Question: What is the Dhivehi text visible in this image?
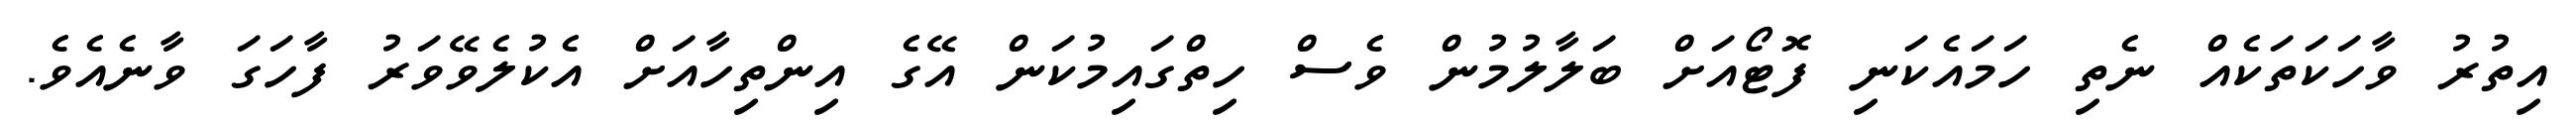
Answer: އިތުރު ވާހަކަތަކެއް ނެތި ހަމައެކަނި ފޮޓޯއަށް ބަލާލުމުން ވެސް ހިތްގައިމުކަން އޭގެ އިންތިހާއަށް އެކުލެވޭވަރު ފާހަގަ ވާނެއެވެ.